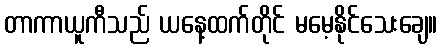
တာကာယူကီသည် ယနေ့ထက်တိုင် မမေ့နိုင်သေးချေ။